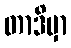
တာဒိမှာ